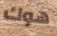
هوك